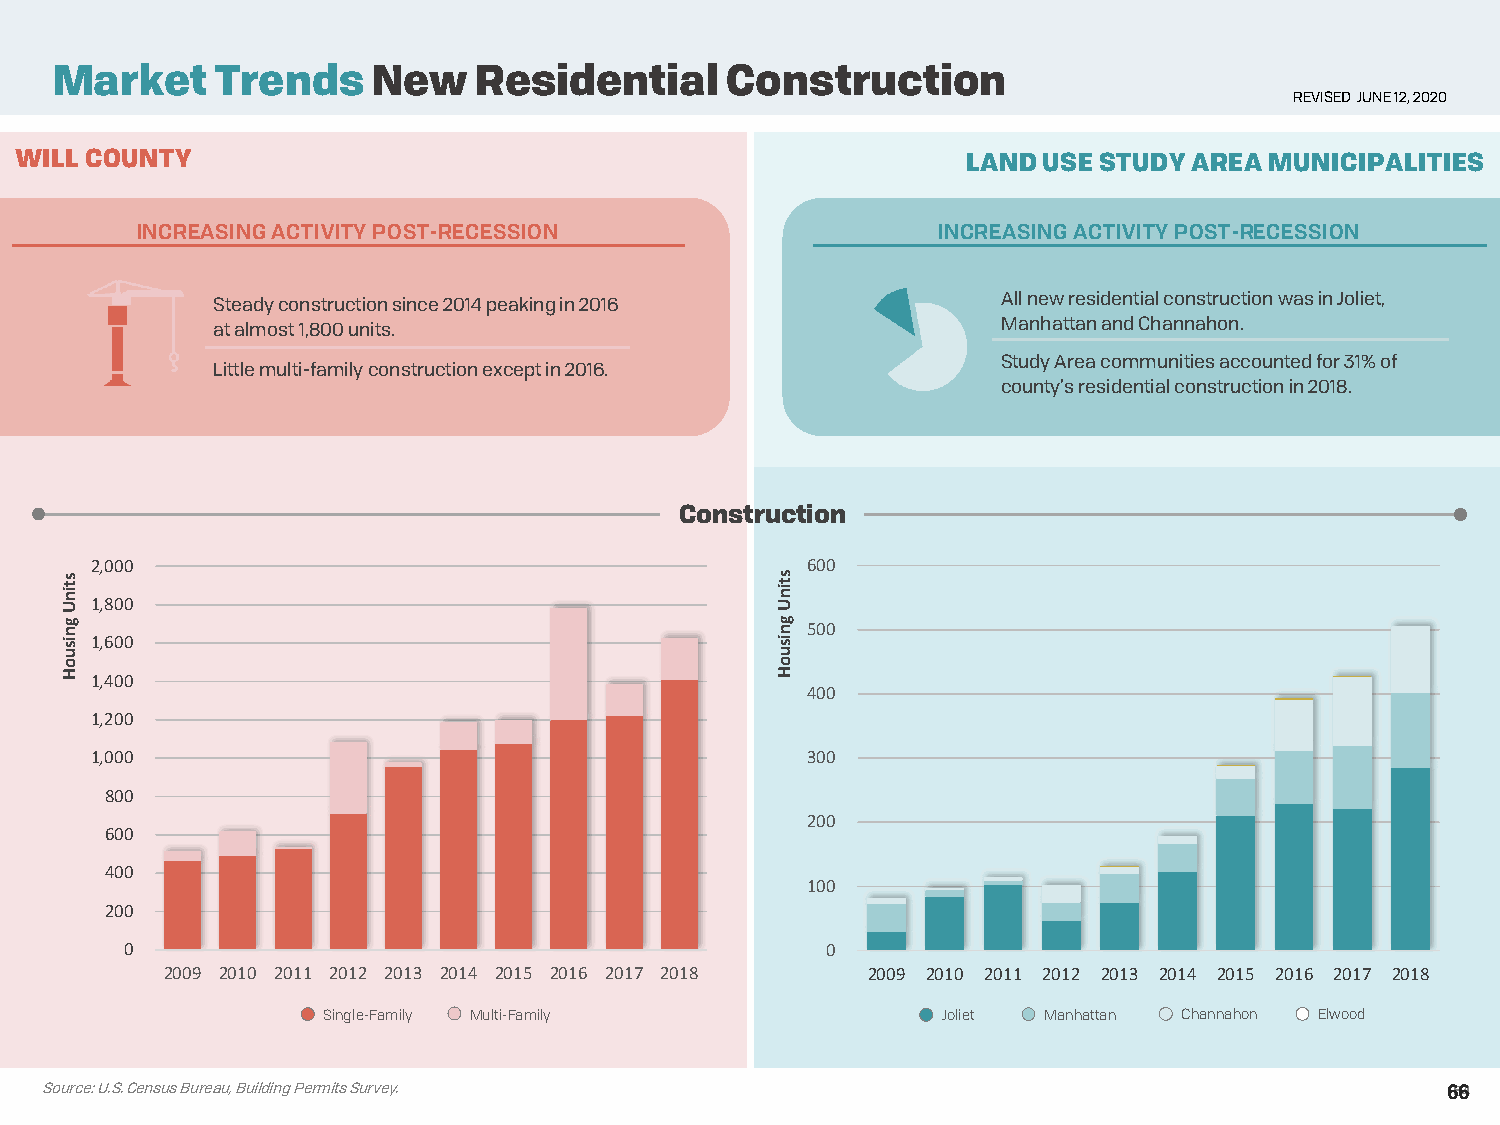
Market     Trends     New   Residential      Construction
 REVISED JUNE 12, 2020
 WILL COUNTY                                                    LAND USE STUDY AREA MUNICIPALITIES
 INCREASING ACTIVITY POST-RECESSION                   INCREASING ACTIVITY POST-RECESSION
 Steady construction since 2014 peaking in 2016      All new residential construction was in Joliet,
 at almost 1,800 units.                              Manhattan and Channahon.
 Study Area communities accounted for 31% of
 Little multi-family construction except in 2016.
 county’s residential construction in 2018.
 Construction
 2,000                                          600
 1,800
 500
 1,600
 1,400
 400
 1,200
 1,000                                          300
 800
 200
 600
 400
 100
 200
 0                                              0
 2009 2010 2011 2012 2013 2014 2015 2016 2017 2018 2009 2010 2011 2012 2013 2014 2015 2016 2017 2018
 Single-Family Multi-Family               Joliet Manhattan Channahon Elwood
 Source: U.S. Census Bureau, Building Permits Survey.                                         6664
 stinU
 gnisuoH
 stinU
 gnisuoH